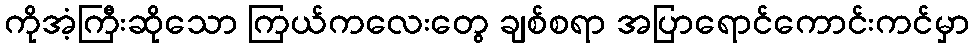
ကိုအံ့ကြီးဆိုသော ကြယ်ကလေးတွေ ချစ်စရာ အပြာရောင်ကောင်းကင်မှာ